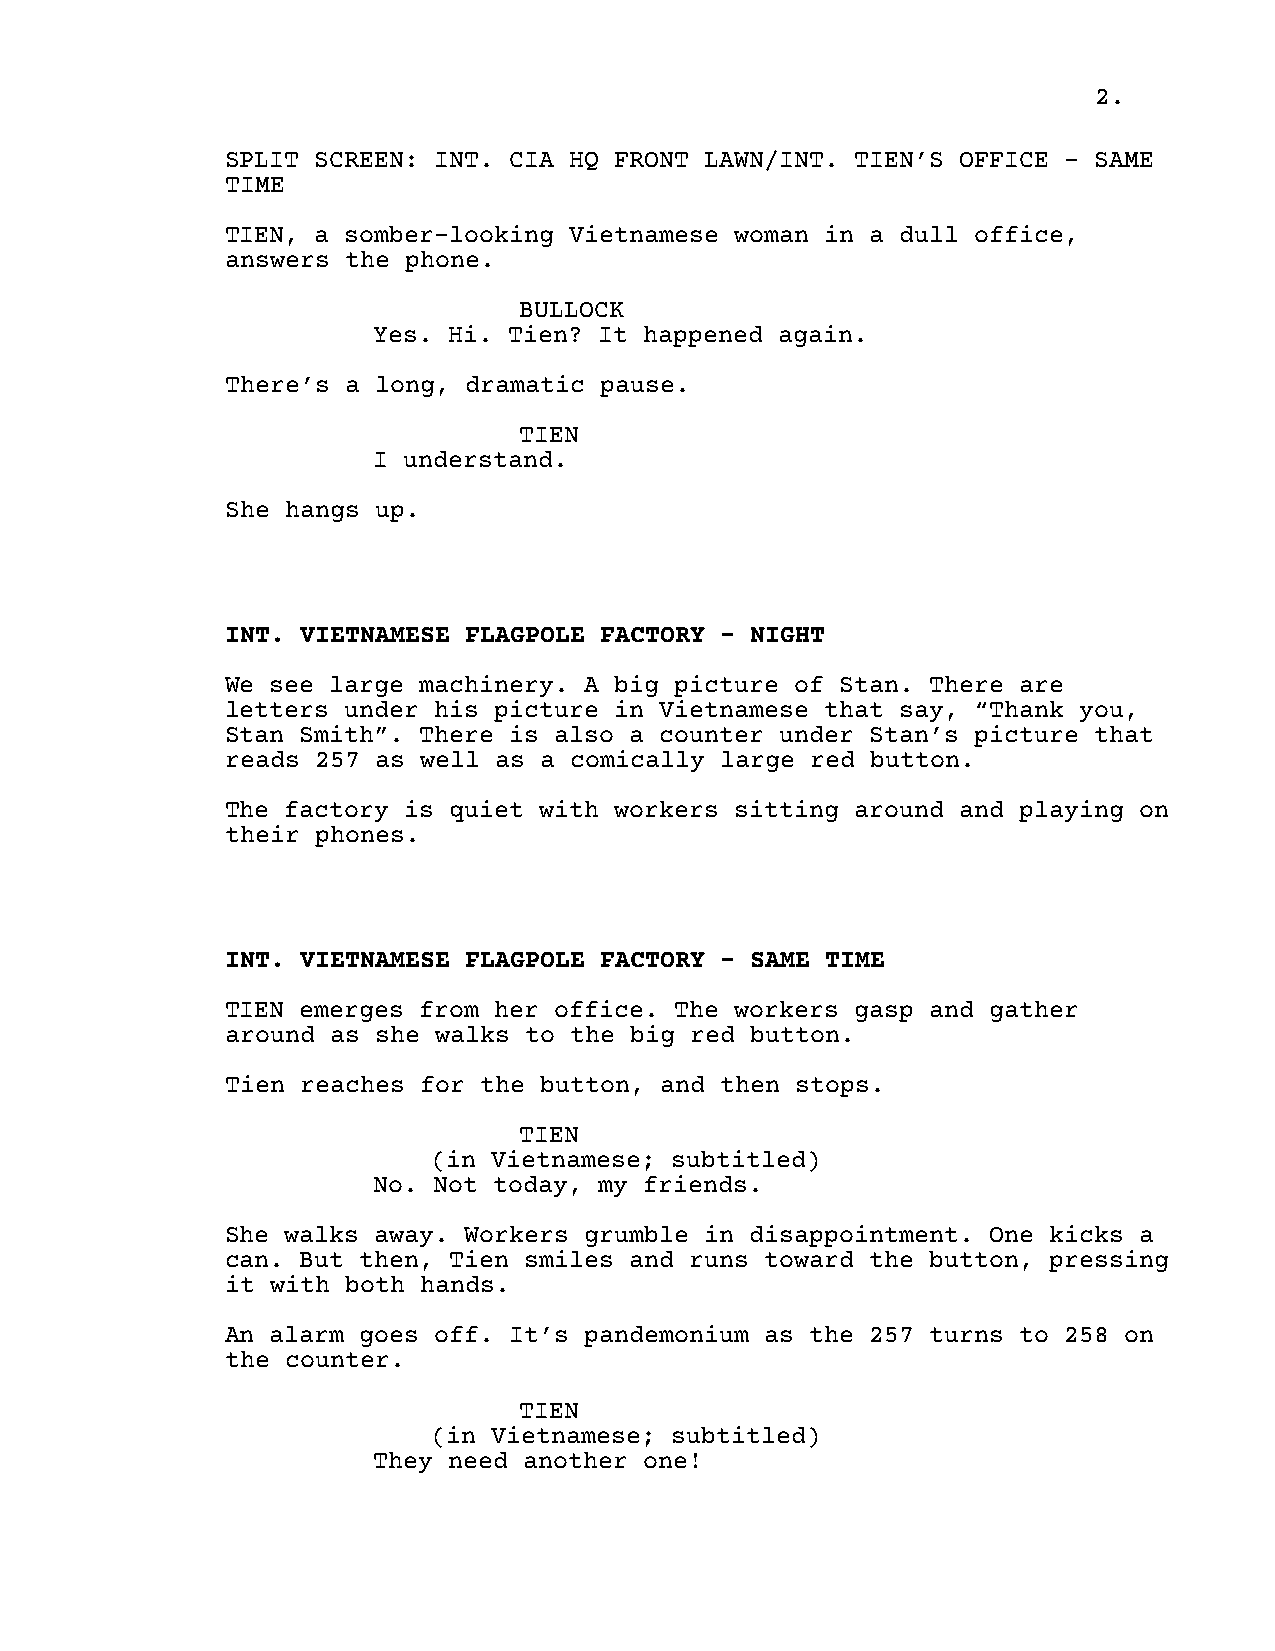
2.
 SPLIT SCREEN: INT. CIA HQ FRONT LAWN/INT. TIEN’S OFFICE - SAME
 TIME
 TIEN, a somber-looking Vietnamese woman in a dull office,
 answers the phone.
 BULLOCK
 Yes. Hi. Tien? It happened again.
 There’s a long, dramatic pause.
 TIEN
 I understand.
 She hangs up.
 INT. VIETNAMESE FLAGPOLE FACTORY - NIGHT
 We see large machinery. A big picture of Stan. There are
 letters under his picture in Vietnamese that say, “Thank you,
 Stan Smith”. There is also a counter under Stan’s picture that
 reads 257 as well as a comically large red button.
 The factory is quiet with workers sitting around and playing on
 their phones.
 INT. VIETNAMESE FLAGPOLE FACTORY - SAME TIME
 TIEN emerges from her office. The workers gasp and gather
 around as she walks to the big red button.
 Tien reaches for the button, and then stops.
 TIEN
 (in Vietnamese; subtitled)
 No. Not today, my friends.
 She walks away. Workers grumble in disappointment. One kicks a
 can. But then, Tien smiles and runs toward the button, pressing
 it with both hands.
 An alarm goes off. It’s pandemonium as the 257 turns to 258 on
 the counter.
 TIEN
 (in Vietnamese; subtitled)
 They need another one!